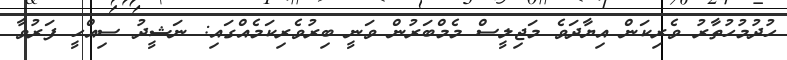
ހުދުމުހުތާރު ވެރިކަން އިޔާދަވެ މަޖިލީސް މެމްބަރުން ވަނީ ބިރުވެރިކަމެއްގައި: ނަޝީދު ސިއްހީ ފަރުވާ